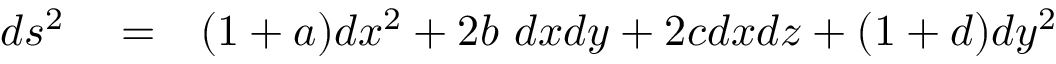
\begin{array} { r l r } { d s ^ { 2 } } & { { } = } & { ( 1 + a ) d x ^ { 2 } + 2 b \ d x d y + 2 c d x d z + ( 1 + d ) d y ^ { 2 } } \end{array}